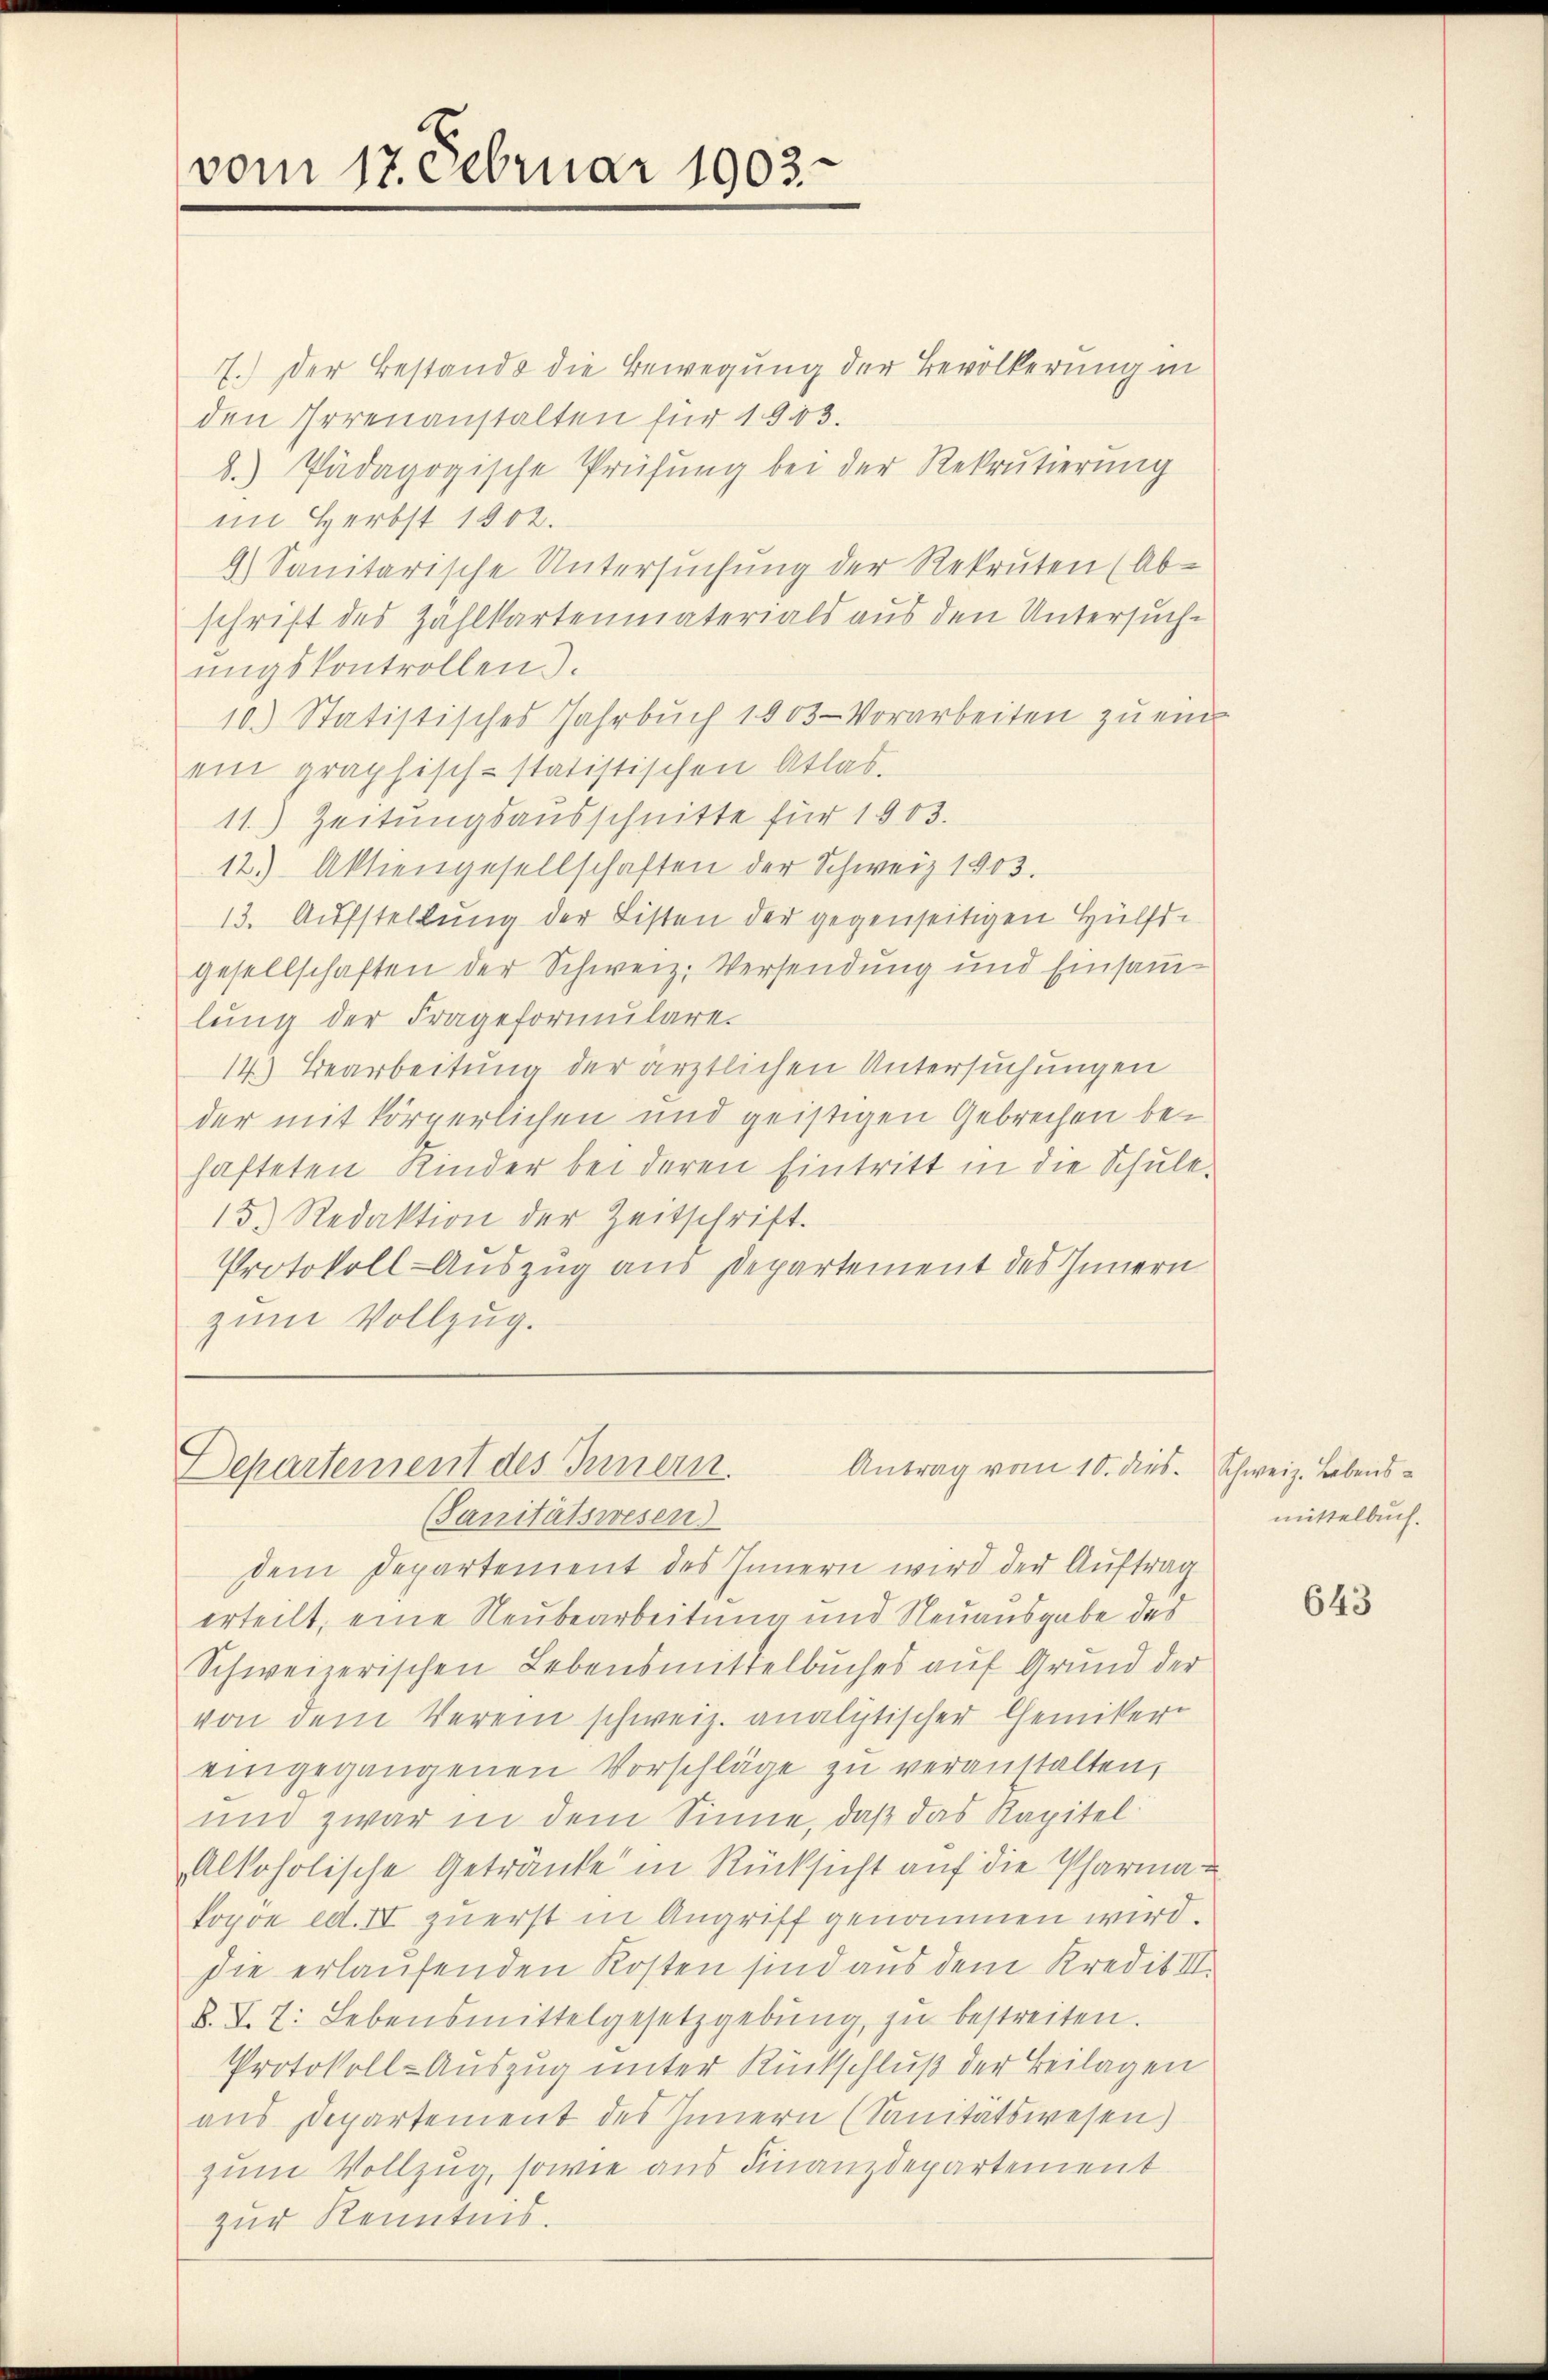
vom 17. Februar 1903.

7.) Der Bestands die Bewegung der Bevölkerung in
den Irrenanstalten für 1903.
b.) Pädagogische Prüfung bei der Rekrutierung
im Herbst 1802.
9) Sanitarische Untersuchung der Rekruten (Ab-
schrift des Zahlkartenmaterials aus den Untersuchungskontrollen.
10.) Statistisches Jahrbuch 1903 Vorarbeiten zu ein
ein graphisch-statistischen Atlas.
11.) Zeitungsausschnitte für 1903.
12) Aktiengesellschaften der Schweiz 1903.
13. Aufstellung der Listen der gegenseitigen Hülftgesellschaften der Schweiz. Versendung und Einsammlung der Frageformulare.
14) Bearbeitung der ärztlichen Untersuchungen
der mit körperlichen und geistigen Gebrechen bei
hafteten Kinder bei deren Eintritt in die Schule.
15.) Redaktion der Zeitschrift.
Protokoll-Auszug aus Departement des Innern
zum Vollzug.

Departement des Innern.
Antrag vom 10. dies. Schweiz. Lebens¬

(Sanitätswesen
dem Departement des Innern wird der Auftrag
erteilt, eine Neubearbeitung und Neuausgabe des
Schweizerischen Lebensmittelbuches auf Grund der
von dem Verein schweiz. analytischer Chemiker-
eingegangenen Vorschläge zu veranstalten,
und zwar in dem Sinne, daß das Kapitel
Alkoholische Getränke in Rücksicht auf die Pharma-
kopoe ed. IV zuerst in Angriff genommen wird.
Die erlaufenden Kosten sind aus dem Kredit III.
B. T. T. Lebensmittelgesetzgebung zu bestreiten.
Protokoll-Auszug unter Rückschluß der Beilagen
aus Departement des Innern (Sanitätswesen)
zum Vollzug, sowie aus Finanzdepartement
zur Kenntnis.

mittelbuch.

643